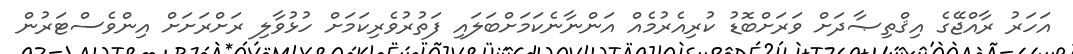
އަހަރު ރާއްޖޭގެ އިޤްތިޞާދަށް ވަރަށްބޮޑު ކުރިއެރުމެއް އަންނާނެކަމަށްބަލައި ފަތުރުވެރިކަމަށް ހުޅުވާލި ރަށްރަށަށް އިންވެސްޓަރުން